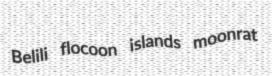
Belili flocoon islands moonrat